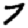
Digit: 7